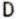
D